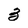
Character: 3